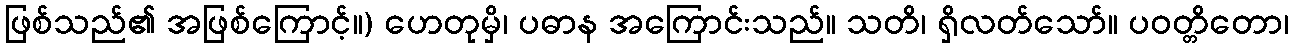
ဖြစ်သည်၏ အဖြစ်ကြောင့်။) ဟေတုမှိ၊ ပဓာန အကြောင်းသည်။ သတိ၊ ရှိလတ်သော်။ ပဝတ္တိတော၊